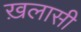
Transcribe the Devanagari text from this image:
ख़लासी